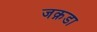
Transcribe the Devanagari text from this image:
जक़डा